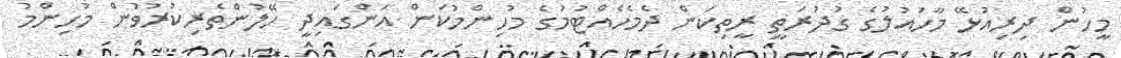
މީހުން ދިރިއުޅޭ މާހައުލުގެ ގުދުރަތީ ރީތިކަން ދެމެހެއްޓުމުގެ މުހިންމުކަން އަންގައިދީ ހޭލުންތެރިކުރުވުން މުހިންމު